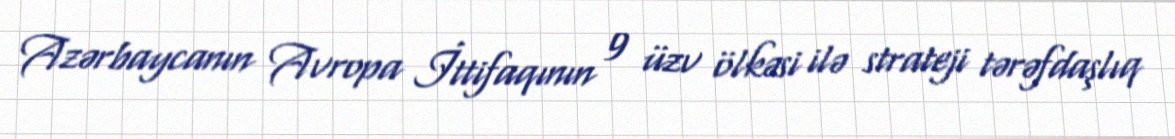
Azərbaycanın Avropa İttifaqının 9 üzv ölkəsi ilə strateji tərəfdaşlıq